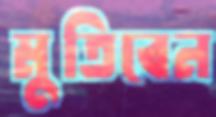
মুতিবেন